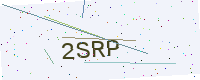
Text: 2SRP